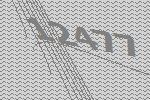
12477